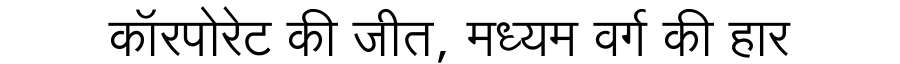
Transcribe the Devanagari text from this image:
कॉरपोरेट की जीत, मध्यम वर्ग की हार